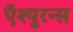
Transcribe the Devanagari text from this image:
ऍश्युरन्स